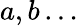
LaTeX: a,b\dots